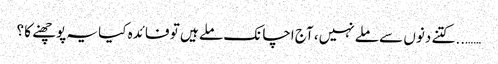
…….. کتنے دنوں سے ملے نہیں، آج اچانک ملے ہیں تو فائدہ کیا یہ پوچھنے کا ؟